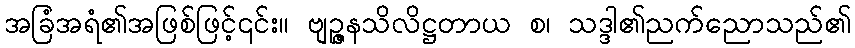
အခြံအရံ၏အဖြစ်ဖြင့်၎င်း။ ဗျဉ္ဇနသိလိဋ္ဌတာယ စ၊ သဒ္ဒါ၏ညက်ညောသည်၏